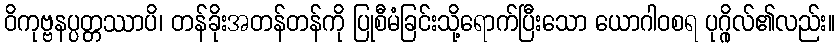
ဝိကုဗ္ဗနပ္ပတ္တဿာပိ၊ တန်ခိုးအတန်တန်ကို ပြုစီမံခြင်းသို့ရောက်ပြီးသော ယောဂါဝစရ ပုဂ္ဂိုလ်၏လည်း။